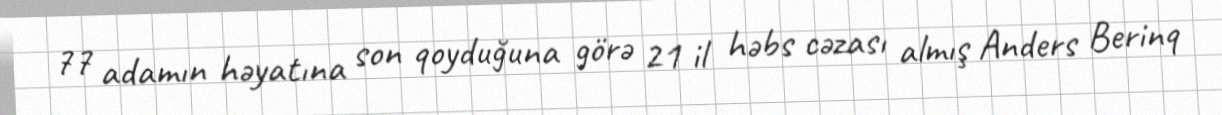
77 adamın həyatına son qoyduğuna görə 21 il həbs cəzası almış Anders Berinq